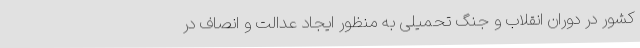
کشور در دوران انقلاب و جنگ تحمیلی به منظور ایجاد عدالت و انصاف در